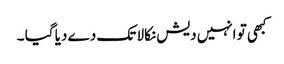
کبھی تو انہیں دیش نکالا تک دے دیا گیا ۔